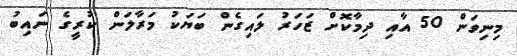
މިނިވަން 50 އާއި ދިމާކޮށް ޒަހަރު ލައިގެން ބަޔަކު މަރާލަން ކުރީގެ ނައިބު